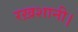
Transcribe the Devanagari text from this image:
रख़शानी।